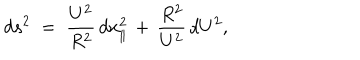
d s ^ { 2 } \; = \; \frac { U ^ { 2 } } { R ^ { 2 } } \, d x _ { \parallel } ^ { 2 } \, + \, \frac { R ^ { 2 } } { U ^ { 2 } } \, d U ^ { 2 } ,